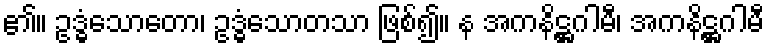
၏။ ဥဒ္ဓံသောတော၊ ဥဒ္ဓံသောတသာ ဖြစ်၍။ န အကနိဋ္ဌဂါမီ၊ အကနိဋ္ဌဂါမီ